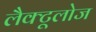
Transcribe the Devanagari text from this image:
लैक्टूलोज